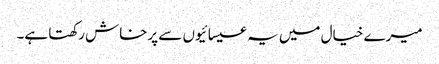
میرے خیال میں یہ عیسائیوں سے پرخاش رکھتا ہے۔